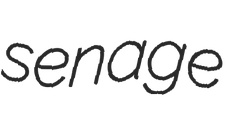
senage